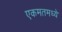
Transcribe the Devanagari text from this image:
एकमतमध्ये